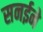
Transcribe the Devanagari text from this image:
सनईने